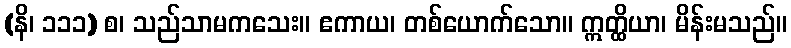
(နိ၊ ၁၁၁) စ၊ သည်သာမကသေး။ ဧကာယ၊ တစ်ယောက်သော။ ဣတ္ထိယာ၊ မိန်းမသည်။